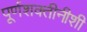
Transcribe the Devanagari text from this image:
पूर्णशक्तीनीशी